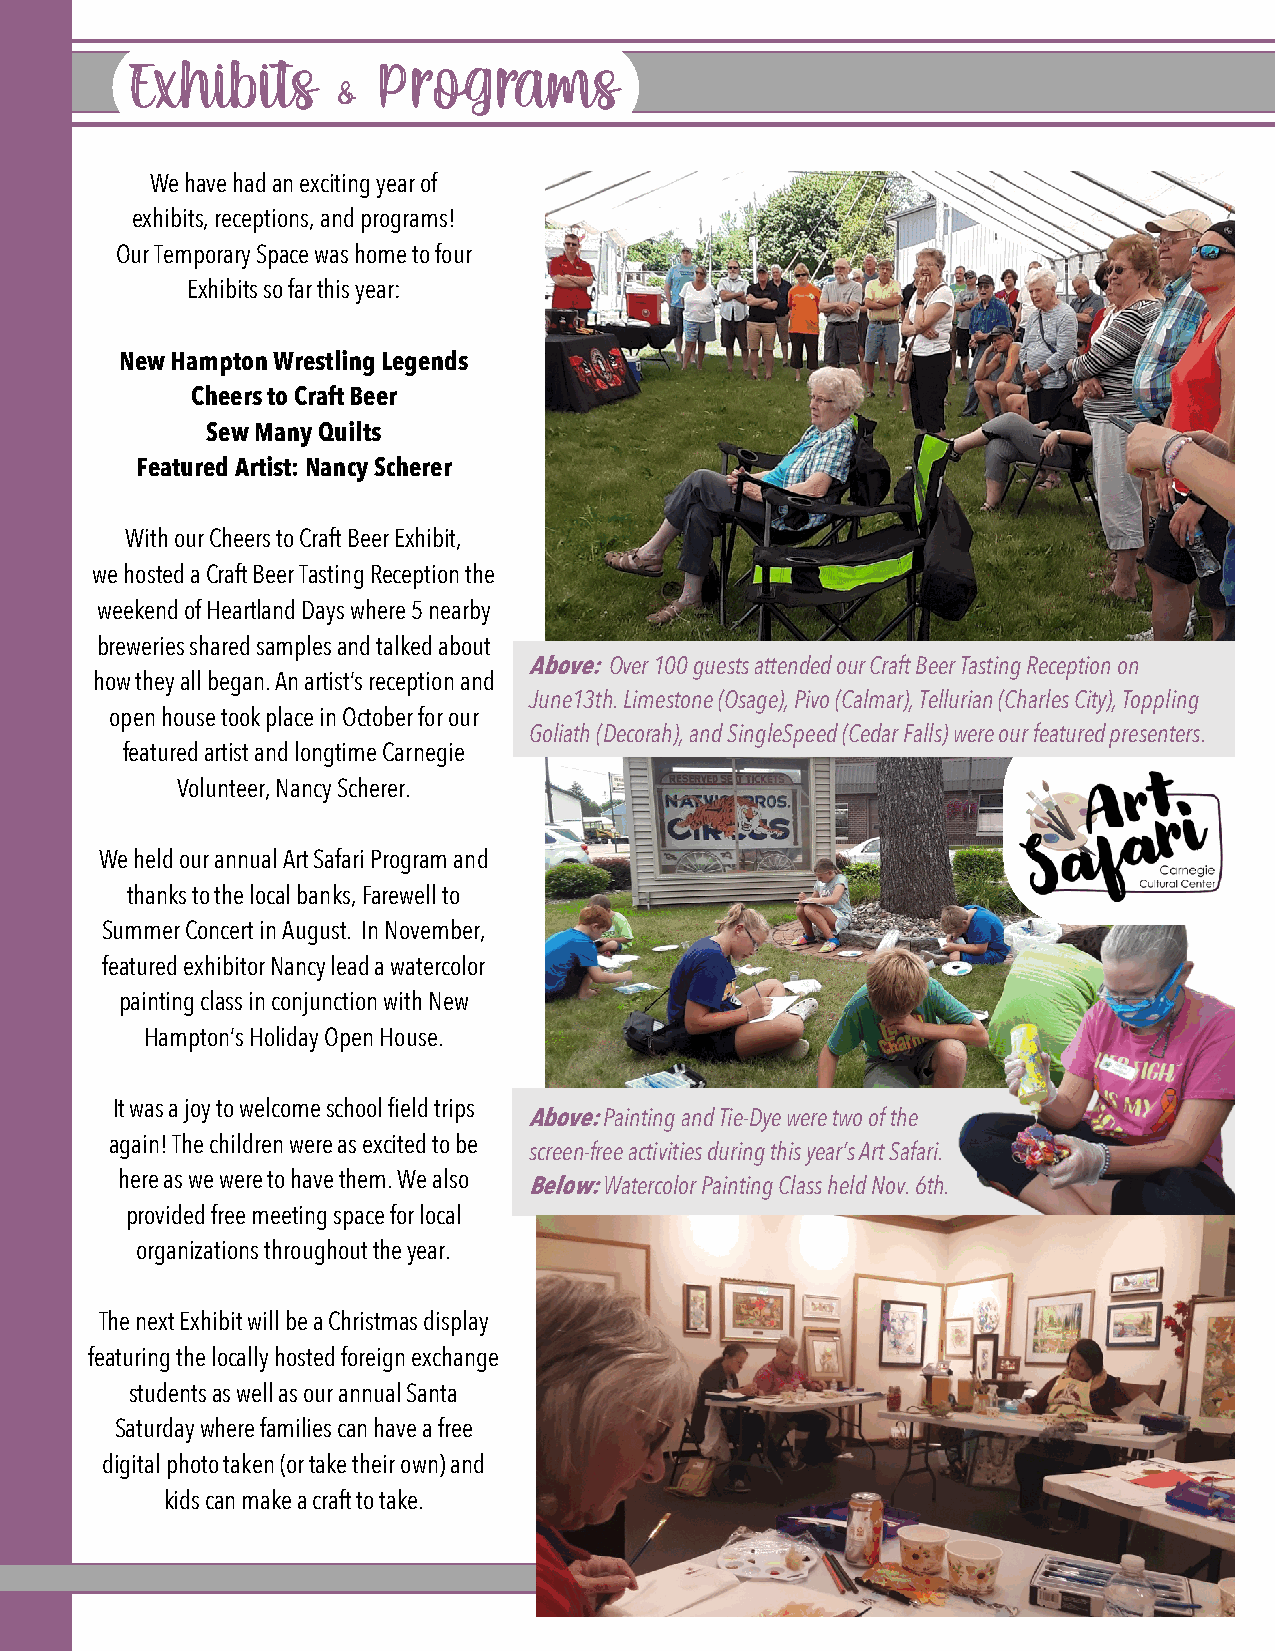
We have had an exciting year of
 exhibits, receptions, and programs!
 Our Temporary Space was home to four
 Exhibits so far this year:
 New Hampton Wrestling Legends
 Cheers to Craft Beer
 Sew Many Quilts
 Featured Artist: Nancy Scherer
 With our Cheers to Craft Beer Exhibit,
 we hosted a Craft Beer Tasting Reception the
 weekend of Heartland Days where 5 nearby
 breweries shared samples and talked about
 Above: Over 100 guests attended our Craft Beer Tasting Reception on
 how they all began. An artist’s reception and
 June13th. Limestone (Osage), Pivo (Calmar), Tellurian (Charles City), Toppling
 open house took place in October for our
 Goliath (Decorah), and SingleSpeed (Cedar Falls) were our featured presenters.
 featured artist and longtime Carnegie
 Volunteer, Nancy Scherer.
 We held our annual Art Safari Program and
 thanks to the local banks, Farewell to
 Summer Concert in August. In November,
 featured exhibitor Nancy lead a watercolor
 painting class in conjunction with New
 Hampton’s Holiday Open House.
 It was a joy to welcome school field trips
 Above: Painting and Tie-Dye were two of the
 again! The children were as excited to be
 screen-free activities during this year’s Art Safari.
 here as we were to have them. We also
 Below: Watercolor Painting Class held Nov. 6th.
 provided free meeting space for local
 organizations throughout the year.
 The next Exhibit will be a Christmas display
 featuring the locally hosted foreign exchange
 students as well as our annual Santa
 Saturday where families can have a free
 digital photo taken (or take their own) and
 kids can make a craft to take.